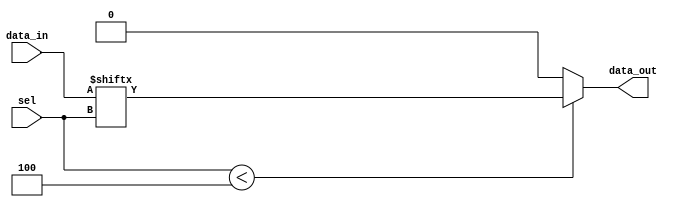
module parameterized_mux #(parameter N = 4) (
    input  wire [N-1:0] data_in,   // Data inputs
    input  wire [$clog2(N)-1:0] sel, // Select lines (log2(N) bits)
    output reg  data_out           // Output signal
);

// Behavioral description of the MUX
always @* begin
    // Default output to zero (or can be set to another value if needed)
    data_out = 1'b0;

    // Check if the select signal is within the valid range
    if (sel < N) begin
        data_out = data_in[sel]; // Assign the selected data input to output
    end else begin
        // Optionally handle out-of-range select lines
        // data_out = 1'b0; // Default output for out-of-range (already set above)
        // or handle it as an error signal if needed
    end
end

endmodule